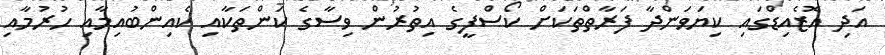
އަދި އޮޒެއިޑްގައި ކިޔަވަންދާ ފަރާތްތަކަށް ކޯސްފީގެ އިތުރުން ވިސާގެ ކަންތަކާއި ކެއިންބުއިމާއި ހުރުމާއި